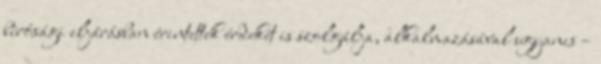
bírósági eljárásban érintettek érdekét is szolgálja, alkalmazásával ugyanis –